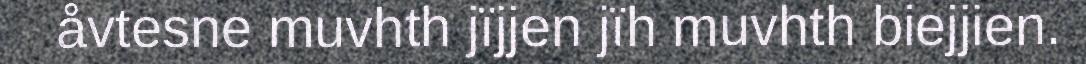
åvtesne muvhth jïjjen jïh muvhth biejjien.